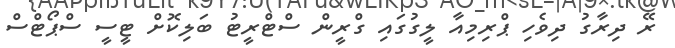
ރޭ ދިރާގު ދިވެހި ޕްރިމިއާ ލީގުގައި ގްރީން ސްޓްރީޓު ބަލިކޮށް ޓީސީ ސްޕޯޓްސް